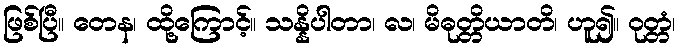
ဖြစ်ပြီ။ တေန၊ ထို့ကြောင့်။ သန္နိပါတာ၊ လ၊ မိဓုတ္တိယာတိ၊ ဟူ၍။ ဝုတ္တံ၊